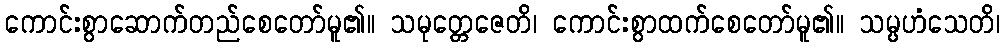
ကောင်းစွာဆောက်တည်စေတော်မူ၏။ သမုတ္တေဇေတိ၊ ကောင်းစွာထက်စေတော်မူ၏။ သမ္ပဟံသေတိ၊